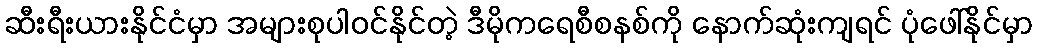
ဆီးရီးယားနိုင်ငံမှာ အများစုပါဝင်နိုင်တဲ့ ဒီမိုကရေစီစနစ်ကို နောက်ဆုံးကျရင် ပုံဖေါ်နိုင်မှာ